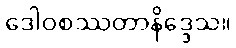
ဒေါဝစဿတာနိဒ္ဒေသ။